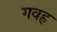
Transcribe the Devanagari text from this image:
गवह